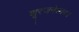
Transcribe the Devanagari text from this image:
शूरजनेश्वरः।